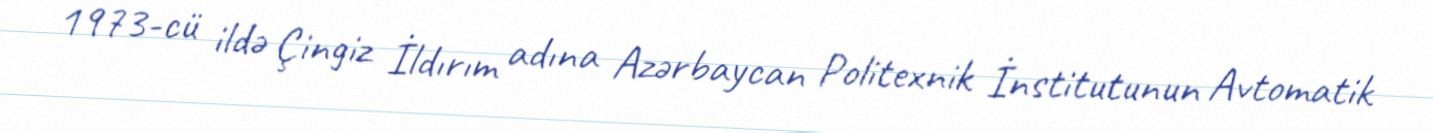
1973-cü ildə Çingiz İldırım adına Azərbaycan Politexnik İnstitutunun Avtomatik